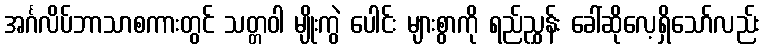
အင်္ဂလိပ်ဘာသာစကားတွင် သတ္တဝါ မျိုးကွဲ ပေါင်း များစွာကို ရည်ညွှန်း ခေါ်ဆိုလေ့ရှိသော်လည်း